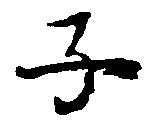
子